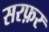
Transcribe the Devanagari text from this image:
सरफ़र